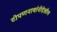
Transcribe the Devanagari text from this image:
टोपणनावांनीदेखील